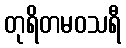
တုရိတမဝသရီ